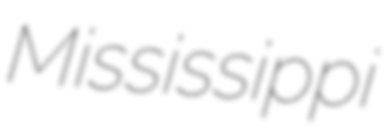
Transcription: Mississippi